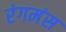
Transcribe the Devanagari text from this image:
रंगमंस